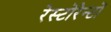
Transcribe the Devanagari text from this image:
रेस्टोरेन्टों